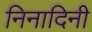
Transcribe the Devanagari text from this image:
निनादिनी